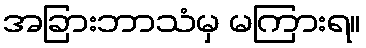
အခြားဘာသံမှ မကြားရ။